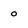
Character: 0